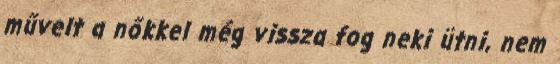
művelt a nőkkel még vissza fog neki ütni, nem